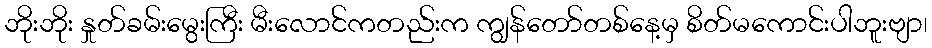
ဘိုးဘိုး နှုတ်ခမ်းမွေးကြီး မီးလောင်ကတည်းက ကျွန်တော်တစ်နေ့မှ စိတ်မကောင်းပါဘူးဗျာ၊